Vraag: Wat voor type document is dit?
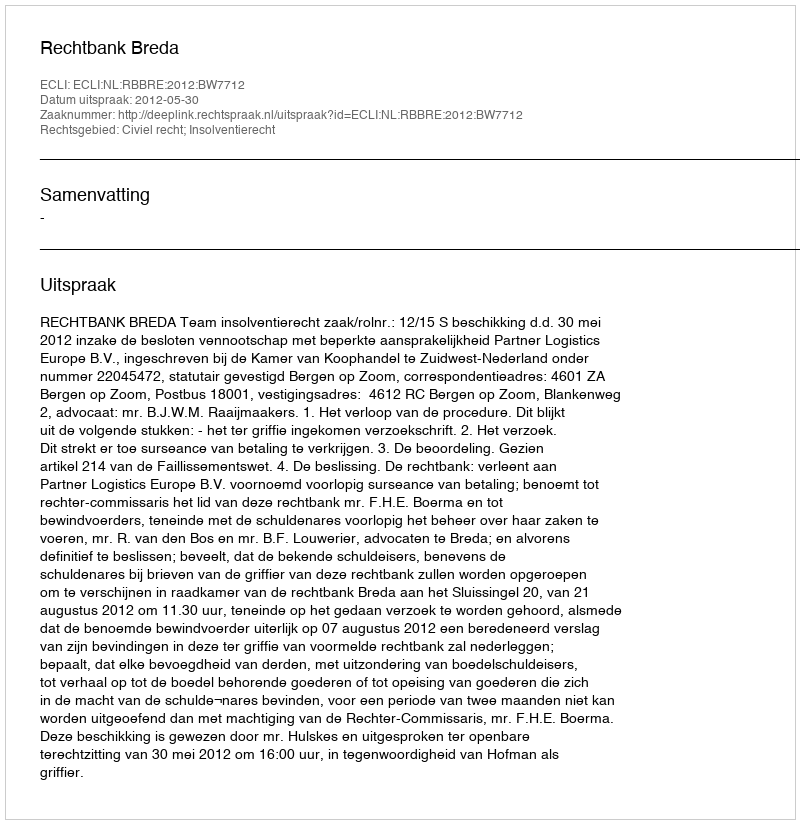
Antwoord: Uitspraak